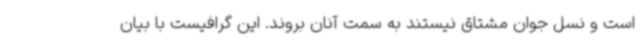
است و نسل جوان مشتاق نیستند به سمت آنان بروند. این گرافیست با بیان